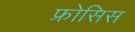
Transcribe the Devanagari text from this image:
फ्रोसिस